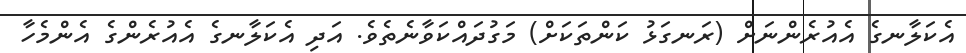
އެކަލާނގެ އެއުރެންނަށް (ރަނގަޅު ކަންތަކަށް) މަގުދައްކަވާނެތެވެ. އަދި އެކަލާނގެ އެއުރެންގެ އެންމެހާ